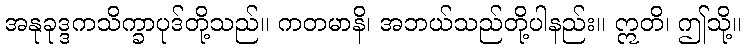
အနုခုဒ္ဒကသိက္ခာပုဒ်တို့သည်။ ကတမာနိ၊ အဘယ်သည်တို့ပါနည်း။ ဣတိ၊ ဤသို့။